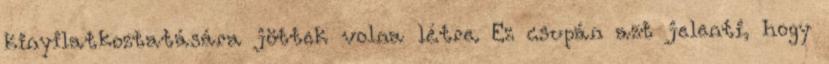
kinyilatkoztatására jöttek volna létre. Ez csupán azt jelenti, hogy